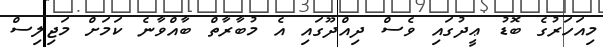
މިއަހަރުގެ ބޮޑު ޢީދުގައި ވެސް ދިއްދޫގައި އެ މުބާރާތް ބާއްވާނެ ކަމަށް މަޖިލިސް